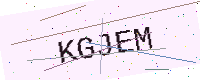
Text: KGJEM